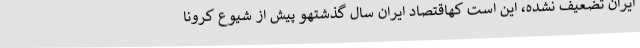
ایران تضعیف نشده، این است کهاقتصاد ایران سال گذشتهو پیش از شیوع کرونا